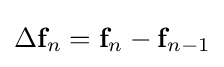
\Delta \mathbf {f} _{n}=\mathbf {f} _{n}-\mathbf {f} _{n-1}